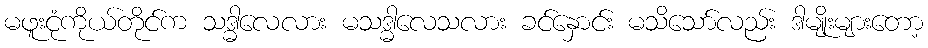
မဖူးငုံကိုယ်တိုင်က သဒ္ဓါလေလား မသဒ္ဓါလေသလား ခင်နှောင်း မသိသော်လည်း ဒါမျိုးများတော့